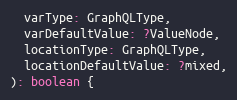
Language: JavaScript
  varType: GraphQLType,
  varDefaultValue: ?ValueNode,
  locationType: GraphQLType,
  locationDefaultValue: ?mixed,
): boolean {